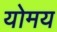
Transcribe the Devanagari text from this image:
योमय